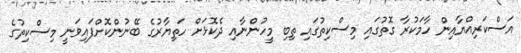
އަސްކަރިއްޔާއިން ހާމަކުރާ ގޮތުގައި މިސްކިތުގައި ތިބި މީހުންނާއި ދެކޮޅަށް ހަތިޔާރުގެ ބޭނުންކޮށްފައިވަނީ މިސްކިތުގެ